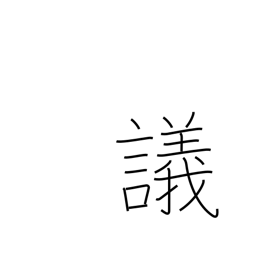
Meaning: debate